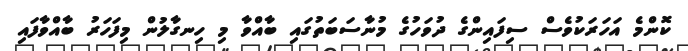
ކޮންމެ އަހަރަކުވެސް ސިފައިންގެ ދުވަހުގެ މުނާސަބަތުގައި ބާއްވާ މި ހިނގާލުން މިފަހަރު ބާއްވާފައި